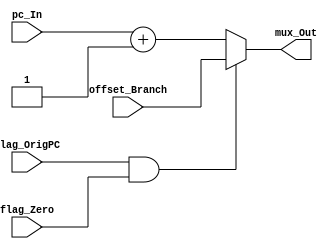
module Mux_Branch (pc_In, offset_Branch, flag_OrigPC, flag_Zero, mux_Out);

	input [31:0] pc_In, offset_Branch;
	input flag_OrigPC, flag_Zero;
	output reg [31:0] mux_Out;
	reg [31:0] pc_Incremented;
	
	always@(*)
	begin
		pc_Incremented = pc_In + 1;
	
		if(flag_OrigPC & flag_Zero)
			mux_Out = offset_Branch;
		else
			mux_Out = pc_Incremented;
	end
	
endmodule